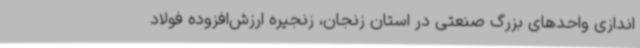
‌اندازی واحدهای بزرگ صنعتی در استان زنجان، زنجیره ارزش‌افزوده فولاد